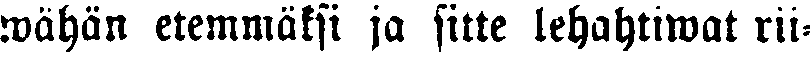
wähän etemmäksi ja sitte lehahtiwat rii-